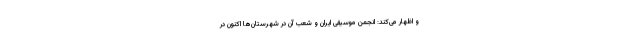
و اظهار می‌کند: انجمن موسیقی ایران و شعب آن در شهرستان‌ها اکنون در